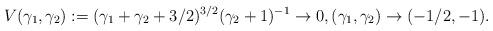
LaTeX: \begin{align*}V(\gamma_1,\gamma_2):=(\gamma_1+\gamma_2+3/2)^{3/2}(\gamma_2+1)^{-1}\rightarrow 0,(\gamma_1,\gamma_2)\rightarrow (-1/2,-1).\end{align*}